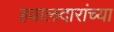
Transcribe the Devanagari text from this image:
हवालदारांच्या